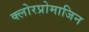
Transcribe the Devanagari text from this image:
क्लोरप्रोमाजिन